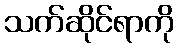
သက်ဆိုင်ရာကို